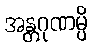
အန္တဂုဏမ္ပိ